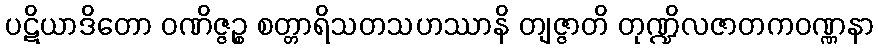
ပဋိယာဒိတော ဝဏိဇ္ဇဉ္စ စတ္တာရိသတသဟဿာနိ တျဇ္ဇာတိ တုဏ္ဍိလဇာတကဝဏ္ဏနာ